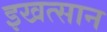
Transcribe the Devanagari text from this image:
इखत्सान